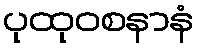
ပုထုဝစနာနံ